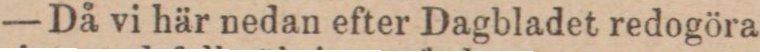
— Då vi här nedan efter Dagbladet redogöra